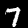
Label: 7